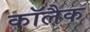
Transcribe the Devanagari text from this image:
कॉलैक